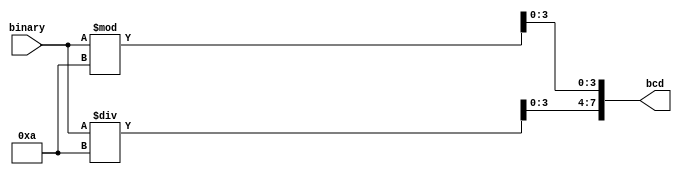
`timescale 1ns / 1ps

module BCD(
	input [4:0]		   binary,	// 5
	output reg [7:0]   bcd      // [7:4],[3:0]
);

    initial begin
        bcd = 0;
    end

    always @(binary) begin
        bcd[3:0] = binary % 4'b1010;
        bcd[7:4] = binary / 4'b1010;
    end

endmodule